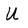
Character: U